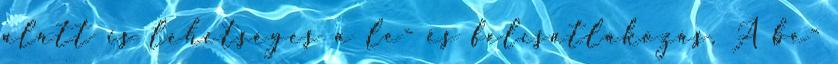
alatt is lehetséges a le- és felcsatlakozás. A be-